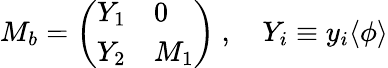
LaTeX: M_{b}=\left(\begin{array}{ll}{{Y_{1}}}&{{0}}\\ {{Y_{2}}}&{{M_{1}}}\end{array}\right)\ ,\quad Y_{i}\equiv y_{i}\langle\phi\rangle